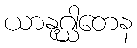
ယာနုဂ္ဃါတေန